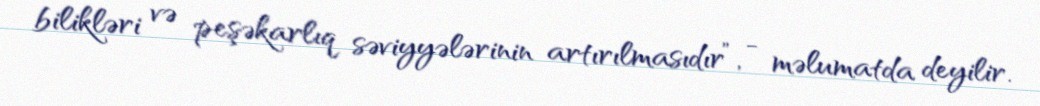
bilikləri və peşəkarlıq səviyyələrinin artırılmasıdır”, - məlumatda deyilir.